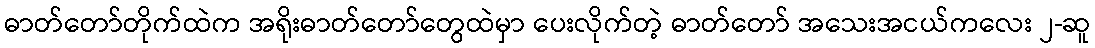
ဓာတ်တော်တိုက်ထဲက အရိုးဓာတ်တော်တွေထဲမှာ ပေးလိုက်တဲ့ ဓာတ်တော် အသေးအငယ်ကလေး ၂-ဆူ